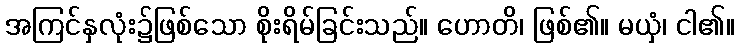
အကြင်နှလုံး၌ဖြစ်သော စိုးရိမ်ခြင်းသည်။ ဟောတိ၊ ဖြစ်၏။ မယှံ၊ ငါ၏။